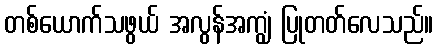
တစ်ယောက်သဖွယ် အလွန်အကျွံ ပြုတတ်လေသည်။